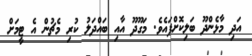
އަދި މާޅެންދޫ ބަލިކޮށްފައެވެ. މަގޫދޫ އާއި ބައްދަލު ކުރި މެޗުން އެ ޓީމަށް